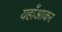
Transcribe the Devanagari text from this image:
यहाँआकर